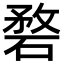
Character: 𥓺